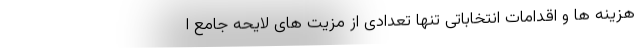
هزینه ها و اقدامات انتخاباتی تنها تعدادی از مزیت های لایحه جامع ا